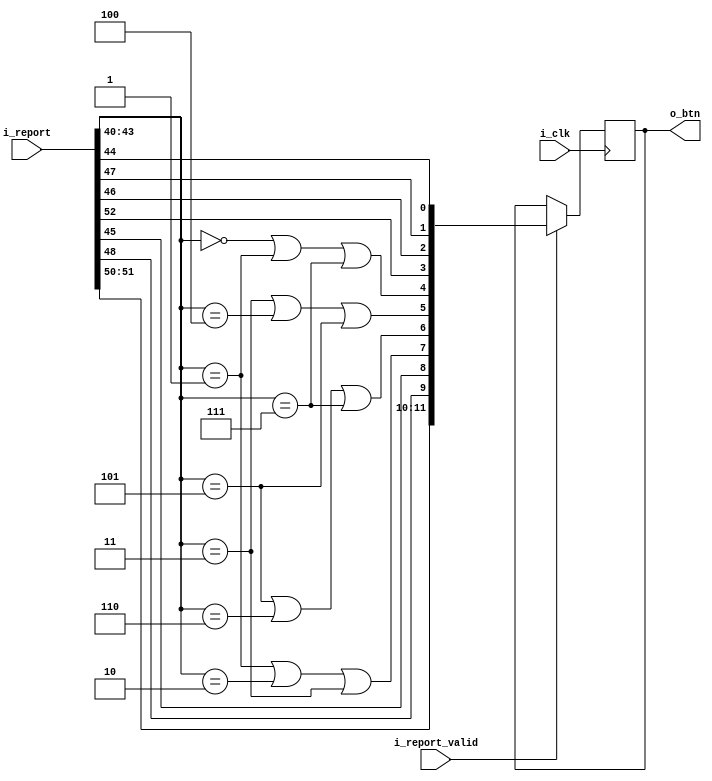
// This program was cloned from: https://github.com/dan-rodrigues/icestation-32
// License: MIT License

// 046d:c20a Logitech, Inc. WingMan RumblePad

`default_nettype none

module usbh_report_decoder_wingman(
    input  wire        i_clk,
    input  wire [63:0] i_report,
    input  wire        i_report_valid,
    output reg   [11:0] o_btn
);
// HID report layout:
//
//  [7:0]   Left stick X
//  [15:8]  Left stick Y
//  [23:16] Throttle slider
//  [31:24] Right stick X
//  [39:32] Right stick Y
//  [43:40] Hat (clockwise)
//  [44]    Button A
//  [45]    Button B
//  [46]    Button C
//  [47]    Button X
//  [48]    Button Y
//  [49]    Button Z
//  [50]    Button L
//  [51]    Button R
//  [52]    Button S
//  [53]    Application 1
//  [54]    Application 2
//  [55]    Application 3: Rumble
//  [56]    Application 4: Mode
//  [57]    Application 5
//  [58]    Application 6
//  [59]    Application 7
//  [60]    Application 8
//  [61]    Application 9
//  [62]    Application 10
//  [63]    Application 11
//
// Hat switch values:
//
//                     LRUD
//    0 = up           0010
//    1 = right-up     0110
//    2 = right        0100
//    3 = right-down   0101
//    4 = down         0001
//    5 = left-down    1001
//    6 = left         1000
//    7 = left-up      1010
//    8 = unpressed    0000
//
// Layout (Logitech):
//
//          Z
//    Y
//            C
// X     B
//
//    A
//
// Layout (SNES):
//
//                  X   A
//
// Select  Start  Y   B
//
// Mapping:
//
//   LEFT/RIGHT/UP/DOWN = Hat, ignore analog sticks for now
//   A = B
//   B = A
//   X = Y
//   Y = X
//   L = L
//   R = R
//   Select = C
//   Start = S
//
    wire [3:0] hat = i_report[43:40];
    wire left = hat == 5 | hat == 6 | hat == 7;
    wire right = hat == 1 | hat == 2 | hat == 3;
    wire up = hat == 0 | hat == 1 | hat == 7;
    wire down = hat == 3 | hat == 4 | hat == 5;

    wire a = i_report[45];
    wire b = i_report[44];
    wire x = i_report[48];
    wire y = i_report[47];

    wire l = i_report[50];
    wire r = i_report[51];

    wire select = i_report[46];
    wire start = i_report[52];

    always @(posedge i_clk) begin
        if (i_report_valid) begin
            o_btn <= {
                r, l, x, a,
                right, left, down, up,
                start, select, y, b
            };
        end
    end

endmodule